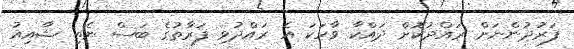
ފަރުދުންނަށް ރައްދުކޮށް ދައްކާ ވާހަކަ އެ ރައްދުވި ފަރާތުގެ ބަސް ނެތި ޝާއިއު